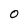
Character: 0